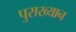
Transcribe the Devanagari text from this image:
पुराख्यान